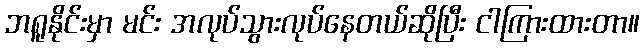
ဘရူနိုင်းမှာ မင်း အလုပ်သွားလုပ်နေတယ်ဆိုပြီး ငါကြားထားတာ။